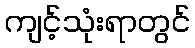
ကျင့်သုံးရာတွင်